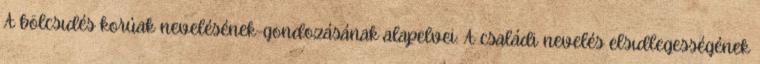
A bölcsıdés korúak nevelésének-gondozásának alapelvei: A családi nevelés elsıdlegességének